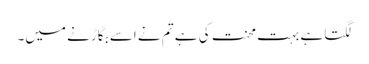
لگتا ہے بہت محنت کی ہے تم نے اسے بگاڑنے میں۔